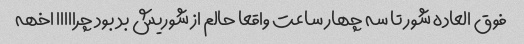
فوق العاده شور تا سه چهار ساعت واقعا حالم از شوریش بد بود چرااااا اخهه